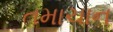
તમાચાન